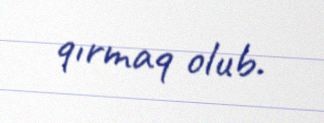
qırmaq olub.